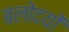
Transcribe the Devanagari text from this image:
बलोदयों